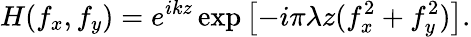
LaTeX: H(f_{x},f_{y})=e^{ikz}\exp\left[-i\pi\lambda z(f_{x}^{2}+f_{y}^{2})\right].